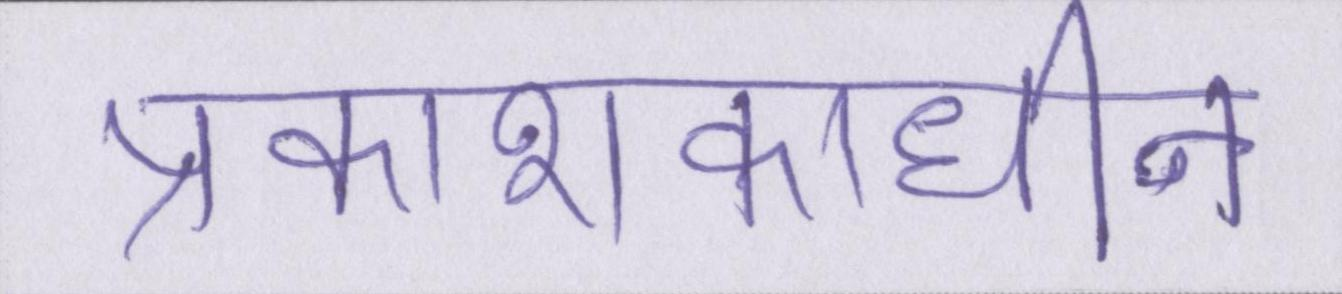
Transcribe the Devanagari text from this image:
प्रकाशकाधीन